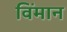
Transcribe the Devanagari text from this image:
विंमान